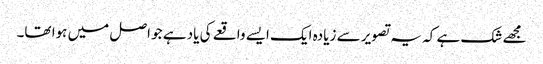
مجھے شک ہے کہ یہ تصویر سے زیادہ ایک ایسے واقعے کی یاد ہے جو اصل میں ہوا تھا۔